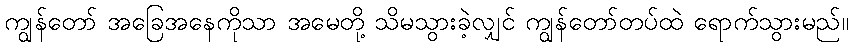
ကျွန်တော် အခြေအနေကိုသာ အမေတို့ သိမသွားခဲ့လျှင် ကျွန်တော်တပ်ထဲ ရောက်သွားမည်။